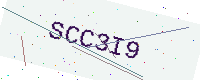
Text: SCC3I9